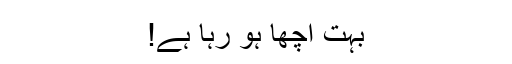
بہت اچھا ہو رہا ہے!